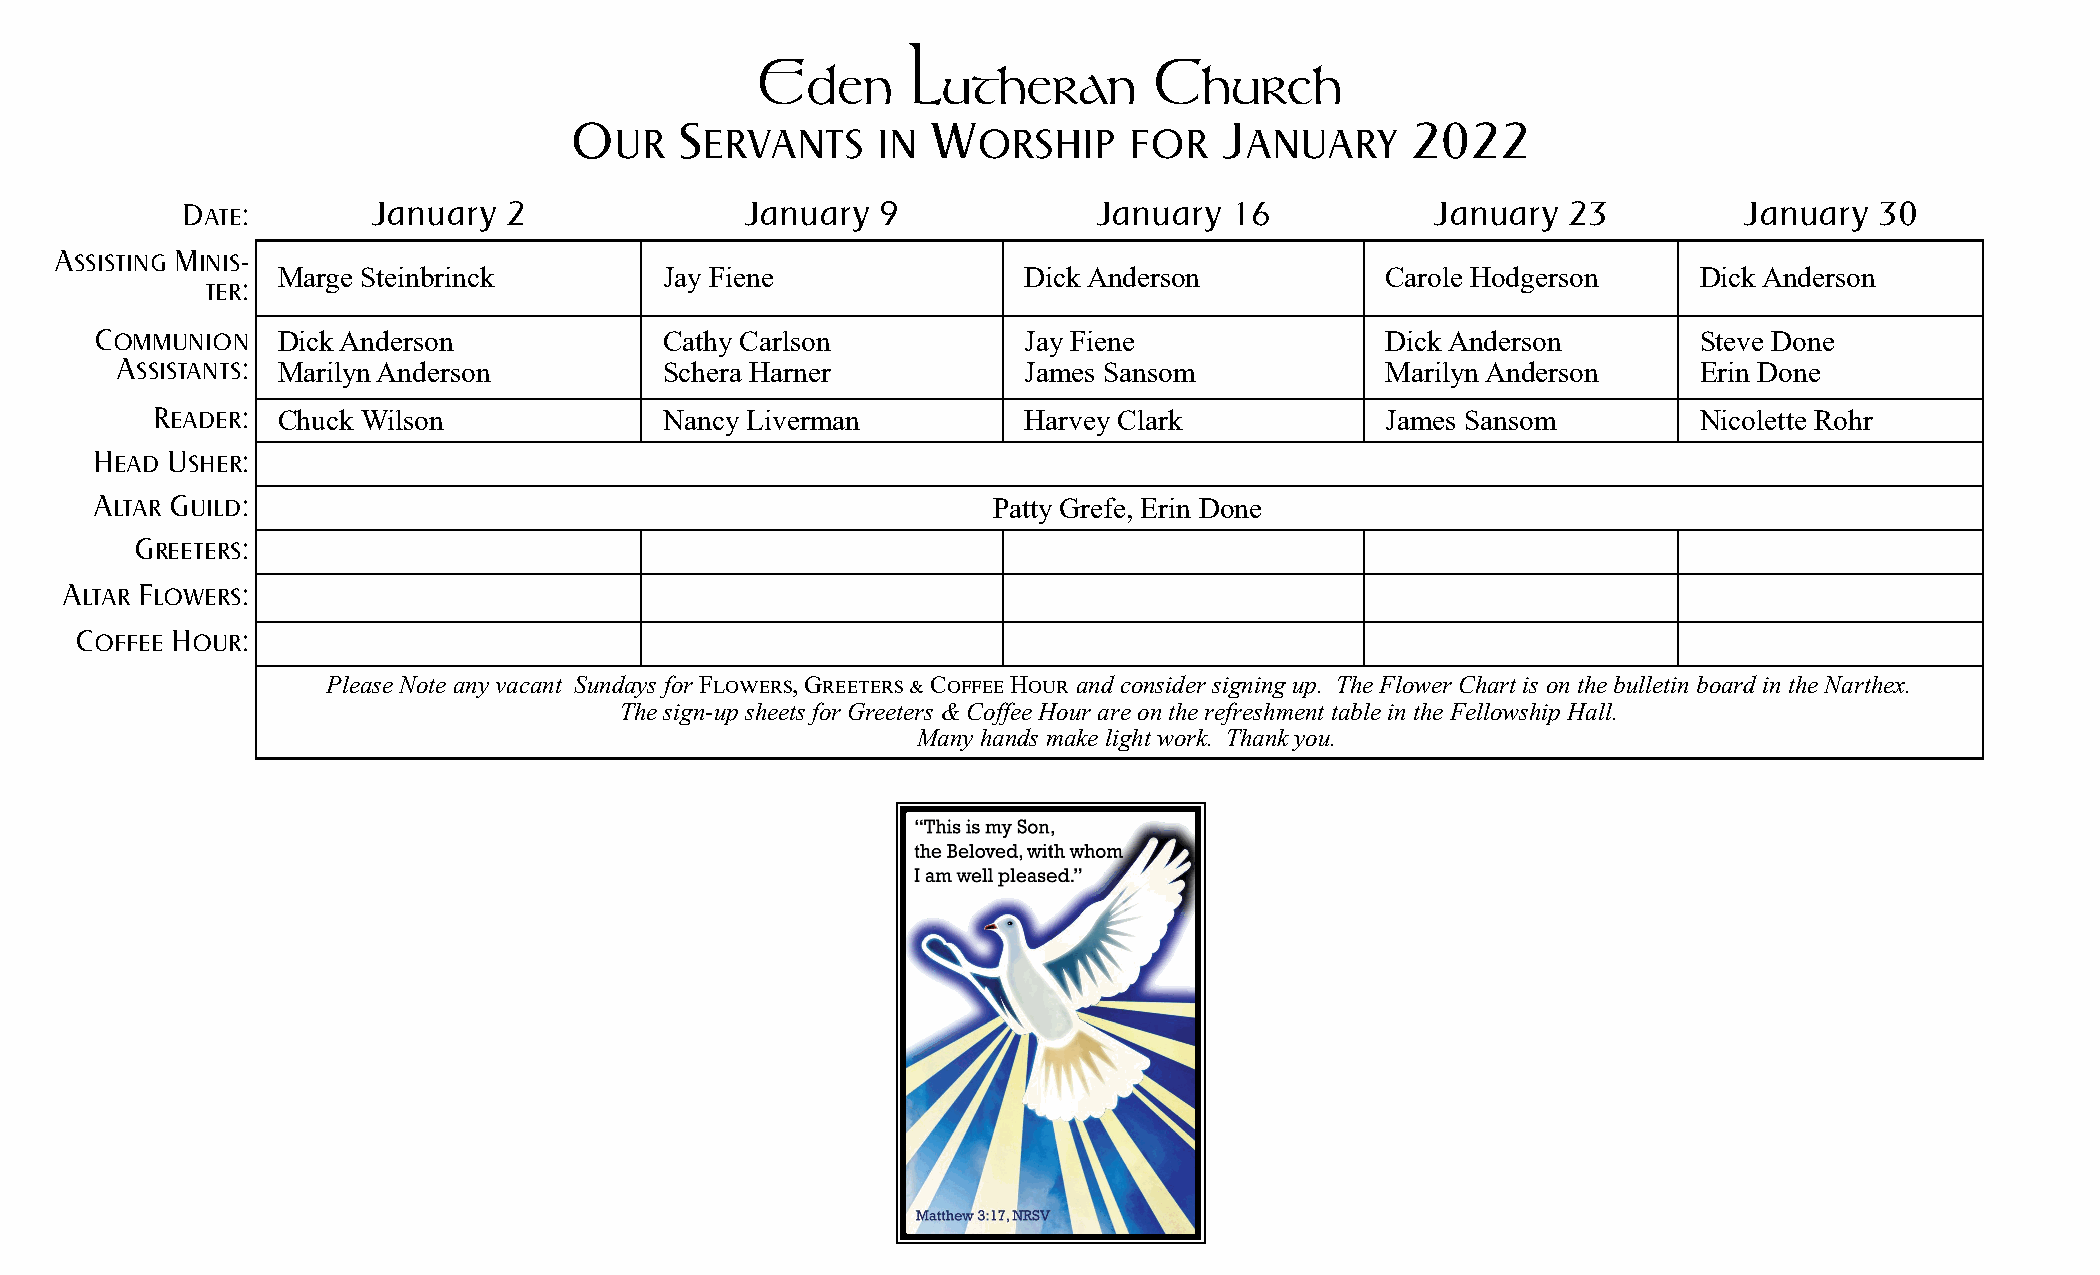
Eden      Lutheran        Church
 O      S                W                  J           2022
 UR    ERVANTS    IN     ORSHIP    FOR    ANUARY
 DATE:        January  2              January  9              January 16            January  23         January  30
 ASSISTING MINIS-
 Marge Steinbrinck         Jay Fiene               Dick Anderson           Carole Hodgerson     Dick Anderson
 TER:
 COMMUNION   Dick Anderson             Cathy Carlson           Jay Fiene               Dick Anderson        Steve Done
 ASSISTANTS: Marilyn Anderson        Schera Harner           James Sansom            Marilyn Anderson     Erin Done
 READER: Chuck Wilson              Nancy Liverman          Harvey Clark            James Sansom         Nicolette Rohr
 HEAD USHER:
 ALTAR GUILD:                                                Patty Grefe, Erin Done
 GREETERS:
 ALTAR FLOWERS:
 COFFEE HOUR:
 Please Note any vacant Sundays for Flowers, Greeters & Coffee Hour and consider signing up. The Flower Chart is on the bulletin board in the Narthex.
 The sign-up sheets for Greeters & Coffee Hour are on the refreshment table in the Fellowship Hall.
 Many hands make light work. Thank you.